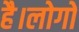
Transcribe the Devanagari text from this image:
है।लोगों